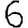
Digit: 6